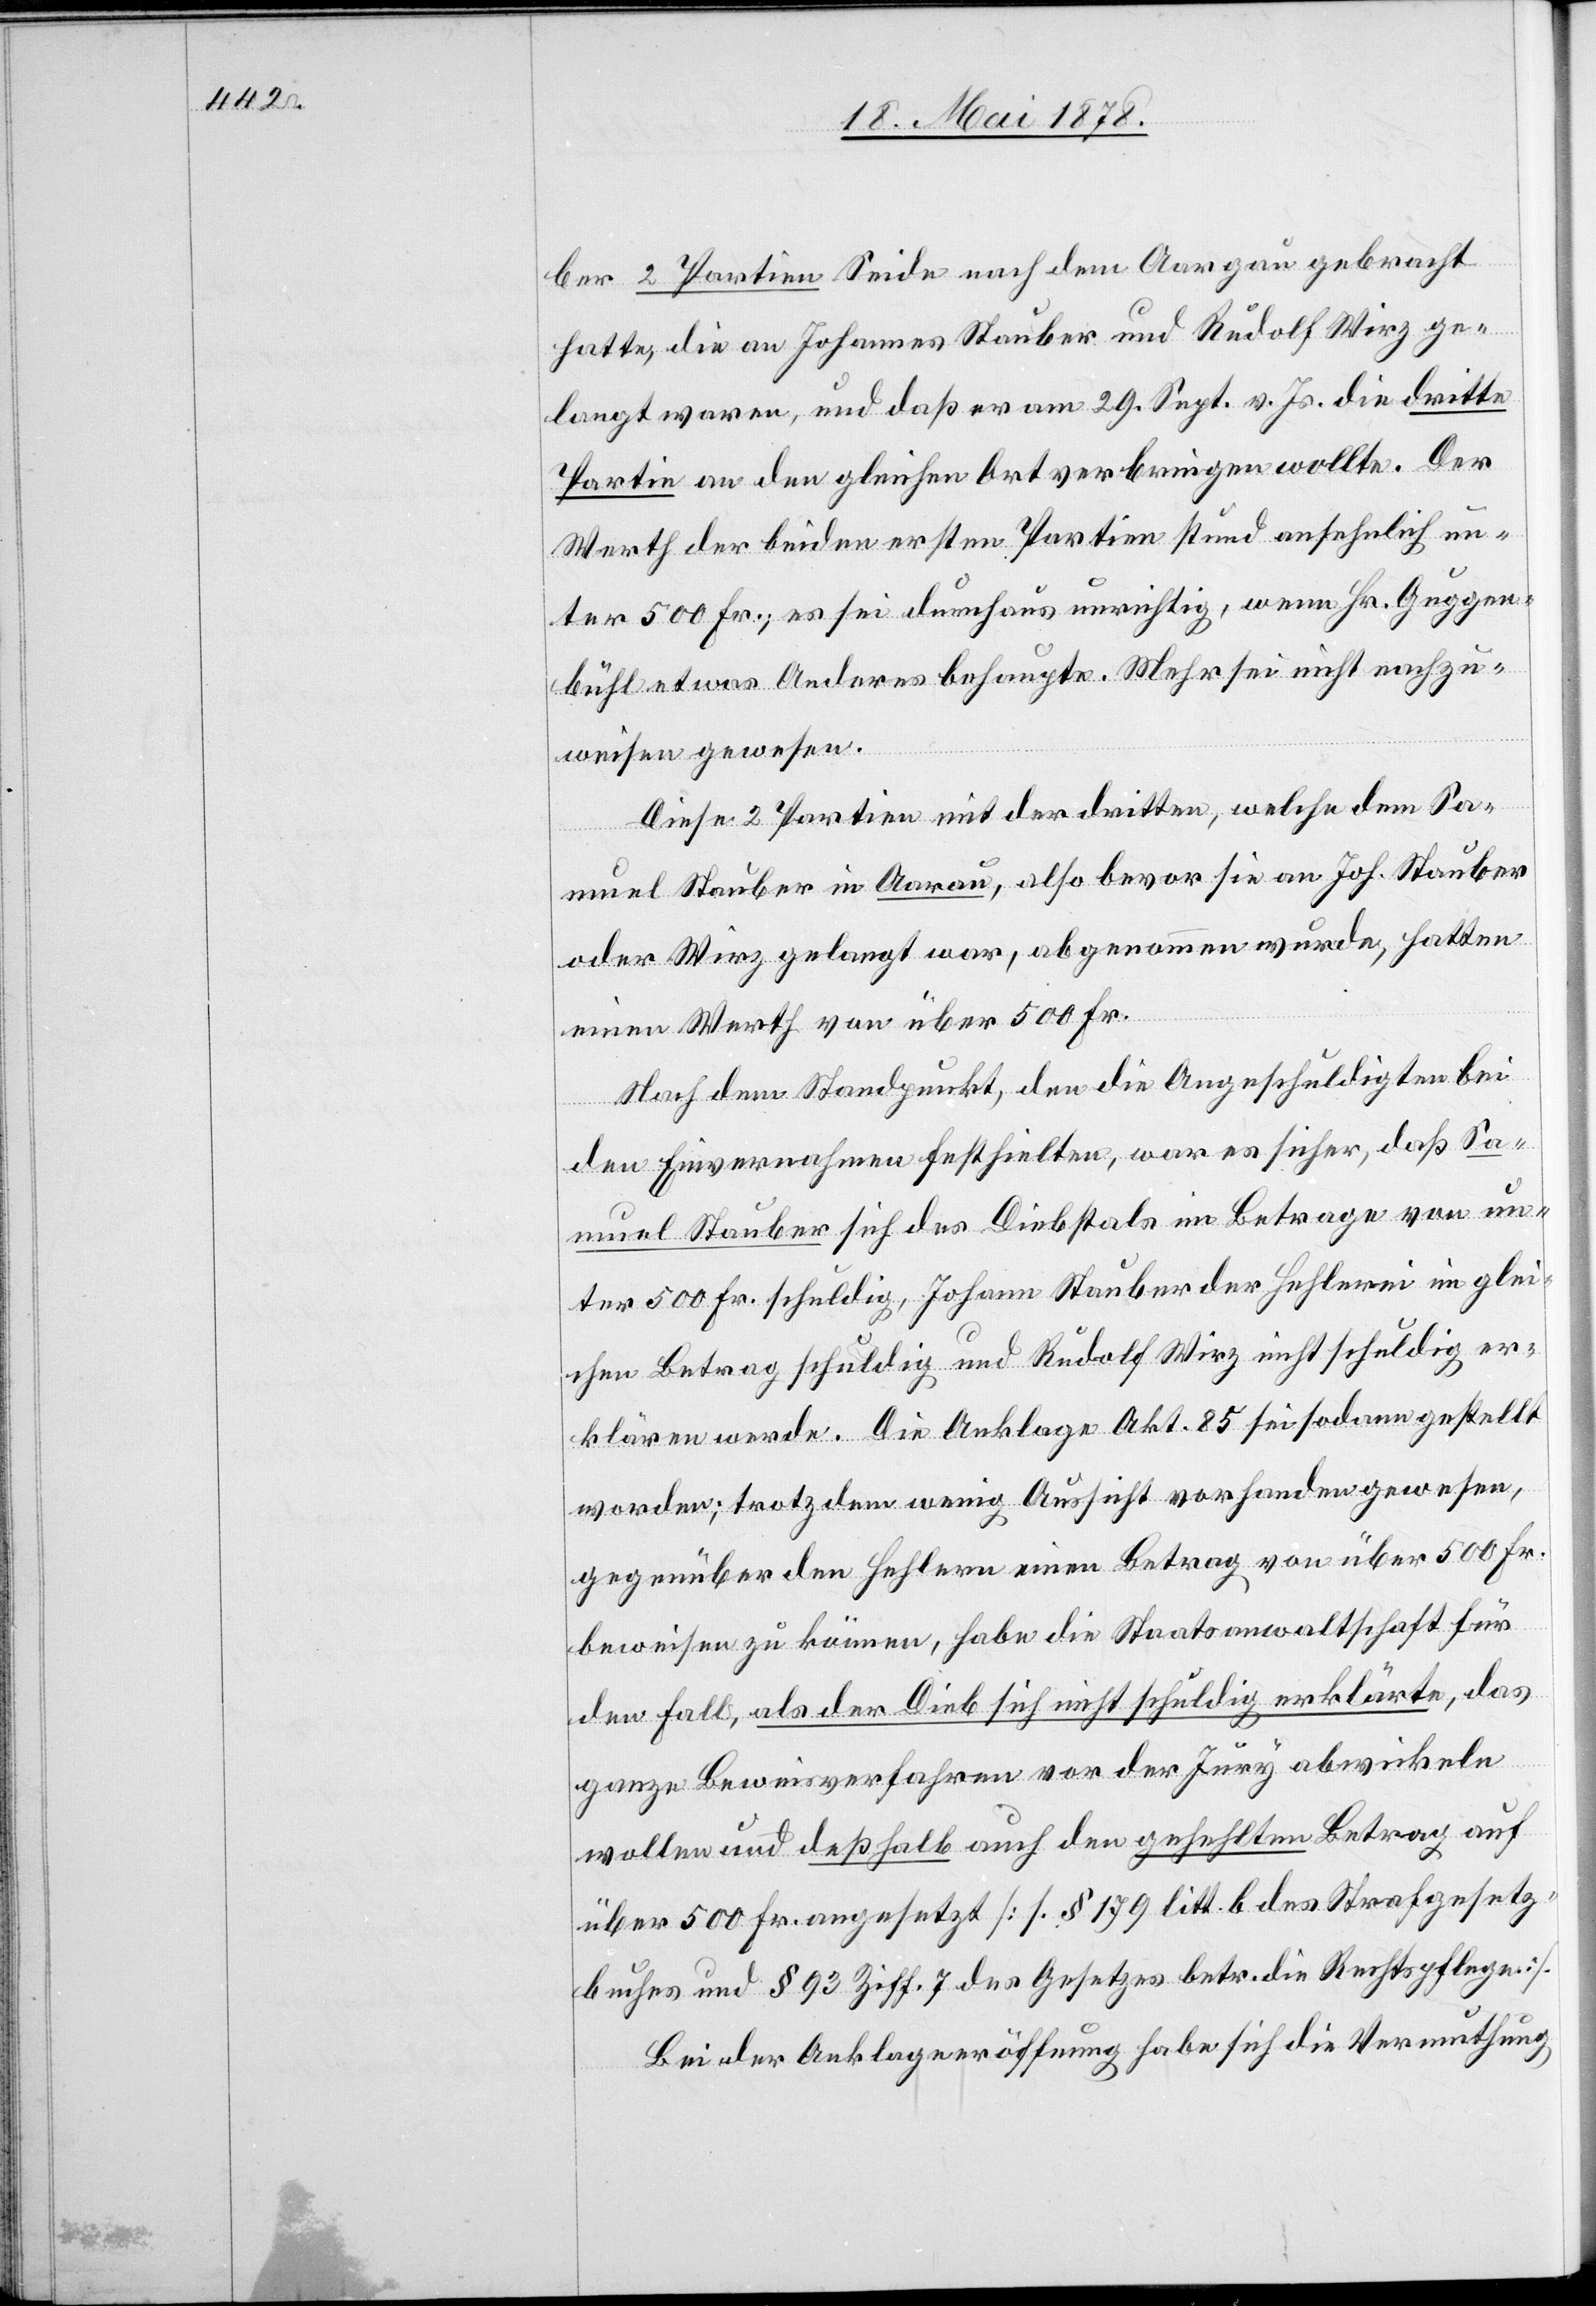
ber 2 Partien Seide nach dem Aargau gebracht
hatte, die an Johannes Stauber und Rudolf Wirz ge¬
langt waren, und daß er am 29. Sept. v. Js. die dritte
Partie an den gleichen Ort verbringen wollte. Der
Werth der beiden ersten Partien stund ansehnlich un¬
ter 500 Fr.; es sei durchaus unrichtig, wenn Hr. Guggen¬
bühl etwas Anderes behaupte. Mehr sei nicht nachzu¬
weisen gewesen.
Diese 2 Partien mit der dritten, welche dem Sa¬
muel Stauber in Aarau, also bevor sie an Joh. Stauber
oder Wirz gelangt war, abgenommen wurde, hatten
einen Werth von über 500 Fr.
Nach dem Standpunkt, den die Angeschuldigten bei
den Einvernahmen festhielten, war es sicher, daß Sa¬
muel Stauber sich des Diebstals im Betrage von un¬
ter 500 Fr. schuldig, Johann Stauber der Hehlerei im glei¬
chen Betrag schuldig und Rudolf Wirz nicht schuldig er¬
klären werde. Die Anklage Akt. 85 sei sodann gestellt
worden; trotzdem wenig Aussicht vorhanden gewesen,
gegenüber den Hehlern einen Betrag von über 500 Fr.
beweisen zu können, habe die Staatsanwaltschaft für
den Fall, als der Dieb sich nicht schuldig erklärte, das
ganze Beweisverfahren vor der Jury abwickeln
wollen und deßhalb auch den gehehlten Betrag auf
über 500 Fr. angesetzt [s. § 179 litt. b des Strafgesetz¬
buches und § 93 Ziff. 7 des Gesetzes betr. die Rechtspflege].
Bei der Anklageeröffnung habe sich die Vermuthung